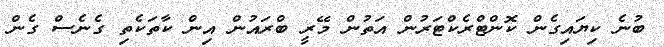
ބުނެ ކިޔައިގެން ކޮންޓްރެކްޓަރުން އަތުން މޭރީ ބްރައުން އިން ކާތަކެތި ގެނެސް ގެން